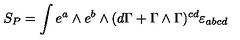
S _ { P } = \int e ^ { a } \wedge e ^ { b } \wedge ( d \Gamma + \Gamma \wedge \Gamma ) ^ { c d } \varepsilon _ { a b c d } \label 3